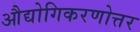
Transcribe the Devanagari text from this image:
औद्योगिकरणोत्तर